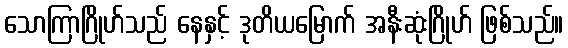
သောကြာဂြိုဟ်သည် နေနှင့် ဒုတိယမြောက် အနီးဆုံးဂြိုဟ် ဖြစ်သည်။